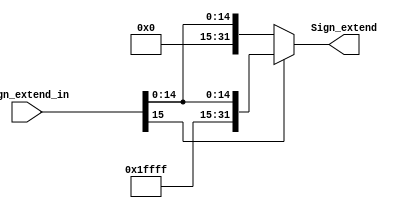
module Sign_extend(Sign_extend_in, Sign_extend);
	input [15:0] Sign_extend_in;
	output [31:0] Sign_extend;

	assign Sign_extend = (Sign_extend_in[15]) ? {16'hffff, Sign_extend_in} : {16'h0000,Sign_extend_in} ;

endmodule